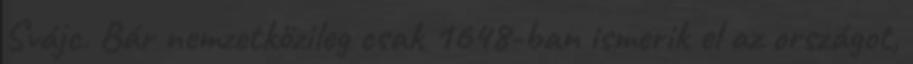
Svájc. Bár nemzetközileg csak 1648-ban ismerik el az országot,